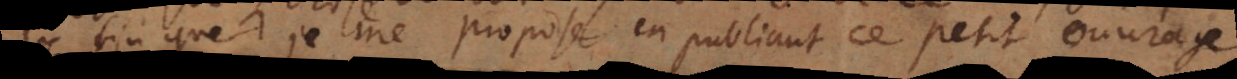
fin que je me propose en publiant ce petit ouvrage